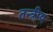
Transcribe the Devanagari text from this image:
तन्त्रीय